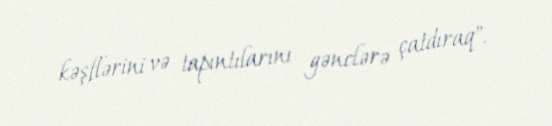
kəşflərini və tapıntılarını gənclərə çatdıraq".